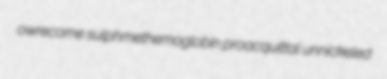
owrecome sulphmethemoglobin proacquittal unnickeled